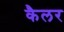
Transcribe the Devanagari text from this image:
कैलर